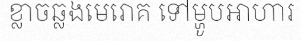
ខ្លាចឆ្លងមេរោគ ទៅម្ហូបអាហារ